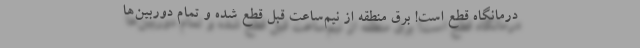
درمانگاه قطع است! برق منطقه از نیم‌ساعت قبل قطع شده و تمام دوربین‌ها